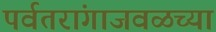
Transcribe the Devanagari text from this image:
पर्वतरांगाजवळच्या